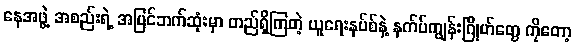
နေအဖွဲ့ အစည်းရဲ့ အပြင်ဘက်ဆုံးမှာ တည်ရှိကြတဲ့ ယူရေးနပ်စ်နဲ့ နက်ပ်ကျွန်းဂြိုဟ်တွေ ကိုတော့